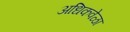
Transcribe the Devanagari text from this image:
अधिकवेळा